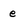
Character: e